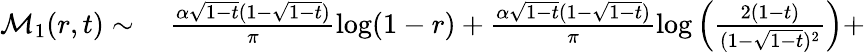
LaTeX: \begin{array}{rl}{\mathcal{M}_{1}(r,t)\sim}&{{}\; \frac{\alpha\sqrt{1-t}(1-\sqrt{1-t})}{\pi}\log(1-r)+\frac{\alpha\sqrt{1-t}(1-\sqrt{1-t})}{\pi}\log\left(\frac{2(1-t)}{(1-\sqrt{1-t})^{2}}\right)+}\end{array}